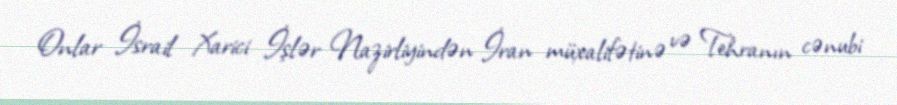
Onlar İsrail Xarici İşlər Nazirliyindən İran müxalifətinə və Tehranın cənubi